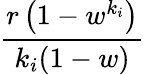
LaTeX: \frac{r\left(1-w^{k_{i}}\right)}{k_{i}(1-w)}